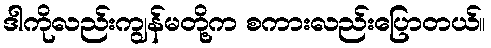
ဒါကိုလည်းကျွန်မတို့က စကားလည်းပြောတယ်။